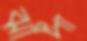
ঝাপা